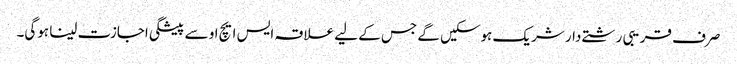
صرف قریبی رشتے دار شریک ہوسکیں گے جس کے لیے علاقہ ایس ایچ او سے پیشگی اجازت لینا ہوگی۔